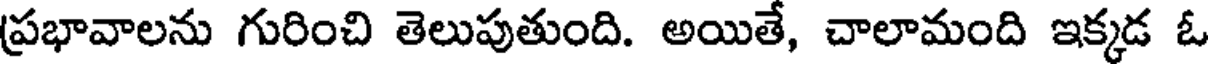
ప్రభావాలను గురించి తెలుపుతుంది. అయితే, చాలామంది ఇక్కడ ఓ